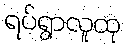
ရပ်ရွာလူထု